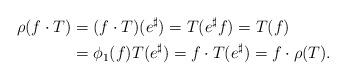
LaTeX: \begin{align*}\rho(f\cdot T)&=(f\cdot T)(e^{\sharp})=T(e^{\sharp}f)=T(f)\\&=\phi_{1}(f)T(e^{\sharp}) =f\cdot T(e^{\sharp})=f\cdot\rho(T).\end{align*}